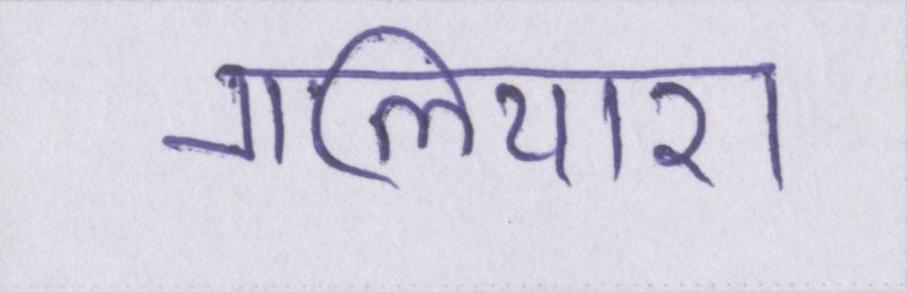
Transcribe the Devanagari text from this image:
गलियारा